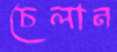
চেলান